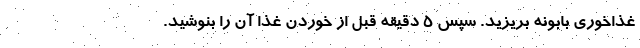
غذاخوری بابونه بریزید. سپس ۵ دقیقه قبل از خوردن غذا آن را بنوشید.